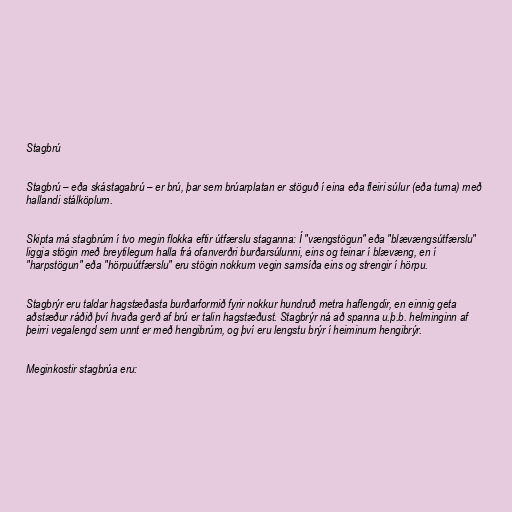
Stagbrú

Stagbrú – eða skástagabrú – er brú, þar sem brúarplatan er stöguð í eina eða fleiri súlur (eða turna) með
hallandi stálköplum.

Skipta má stagbrúm í tvo megin flokka eftir útfærslu staganna: Í "vængstögun" eða "blævængsútfærslu"
liggja stögin með breytilegum halla frá ofanverðri burðarsúlunni, eins og teinar í blævæng, en í
"harpstögun" eða "hörpuútfærslu" eru stögin nokkurn vegin samsíða eins og strengir í hörpu.

Stagbrýr eru taldar hagstæðasta burðarformið fyrir nokkur hundruð metra haflengdir, en einnig geta
aðstæður ráðið því hvaða gerð af brú er talin hagstæðust. Stagbrýr ná að spanna u.þ.b. helminginn af
þeirri vegalengd sem unnt er með hengibrúm, og því eru lengstu brýr í heiminum hengibrýr.

Meginkostir stagbrúa eru: